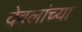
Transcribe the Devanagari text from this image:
देवलांच्या